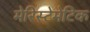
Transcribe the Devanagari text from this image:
मेरिस्टेमेटिक